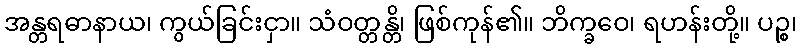
အန္တရဓာနာယ၊ ကွယ်ခြင်းငှာ။ သံဝတ္တန္တိ၊ ဖြစ်ကုန်၏။ ဘိက္ခဝေ၊ ရဟန်းတို့။ ပဉ္စ၊